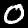
Label: 0